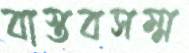
বাস্তবসম্ম